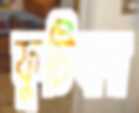
ফুটিবার